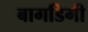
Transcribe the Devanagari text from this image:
बागडिगी